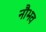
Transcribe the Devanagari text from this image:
नौभव